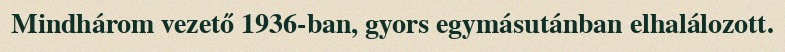
Mindhárom vezető 1936-ban, gyors egymásutánban elhalálozott.